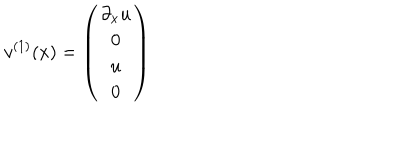
v ^ { ( 1 ) } ( x ) = \left( \begin{array} { c } { { \partial _ { x } u } } \\ { { 0 } } \\ { { u } } \\ { { 0 } } \\ \end{array} \right)